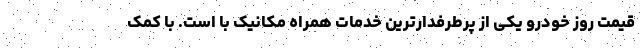
قیمت روز خودرو یکی از پرطرفدارترین خدمات همراه مکانیک با است. با کمک